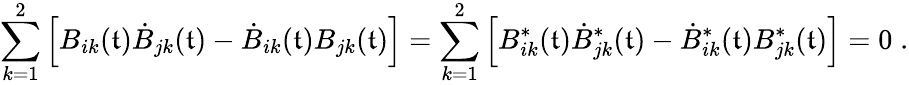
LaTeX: \sum_{k=1}^{2}\left[B_{ik}(\mathfrak{t})\dot{{B}}_{jk}(\mathfrak{t})-\dot{{B}}_{ik}(\mathfrak{t})B_{jk}(\mathfrak{t})\right]=\sum_{k=1}^{2}\left[B_{ik}^{\ast}(\mathfrak{t})\dot{{B}}_{jk}^{\ast}(\mathfrak{t})-\dot{{B}}_{ik}^{\ast}(\mathfrak{t})B_{jk}^{\ast}(\mathfrak{t})\right]=0\; .